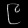
Digit: ၉